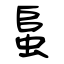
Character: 蛗